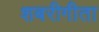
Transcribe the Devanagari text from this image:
शबरीगीता